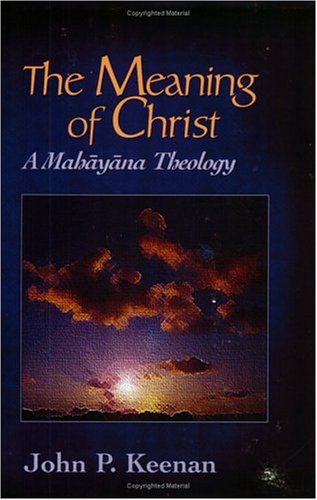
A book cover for Meaning of Christ: A Mahayana Theology (Faith Meets Faith); John P. Keenan; Religion & Spirituality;